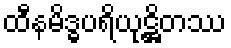
ထီနမိဒ္ဓပရိယုဋ္ဌိတဿ